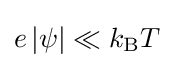
e\left\vert \psi \right\vert \ll k_{\mathrm {B} }T